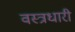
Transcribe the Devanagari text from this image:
वस्‍त्रधारी